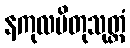
နကုလပိတုသုတ္တံ